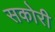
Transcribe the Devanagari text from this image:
सकोरी